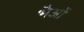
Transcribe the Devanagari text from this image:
भैओं